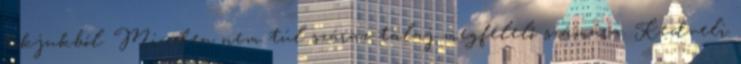
tokjukból. Minden nem túl száraz talaj megfelelő számára. Kedveli